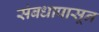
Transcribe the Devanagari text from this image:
संबधापासून